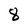
Character: 8